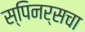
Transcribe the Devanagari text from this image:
स्पिनर्सचा